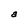
Character: a